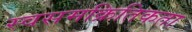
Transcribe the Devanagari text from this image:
स्वसमक्रितिकता